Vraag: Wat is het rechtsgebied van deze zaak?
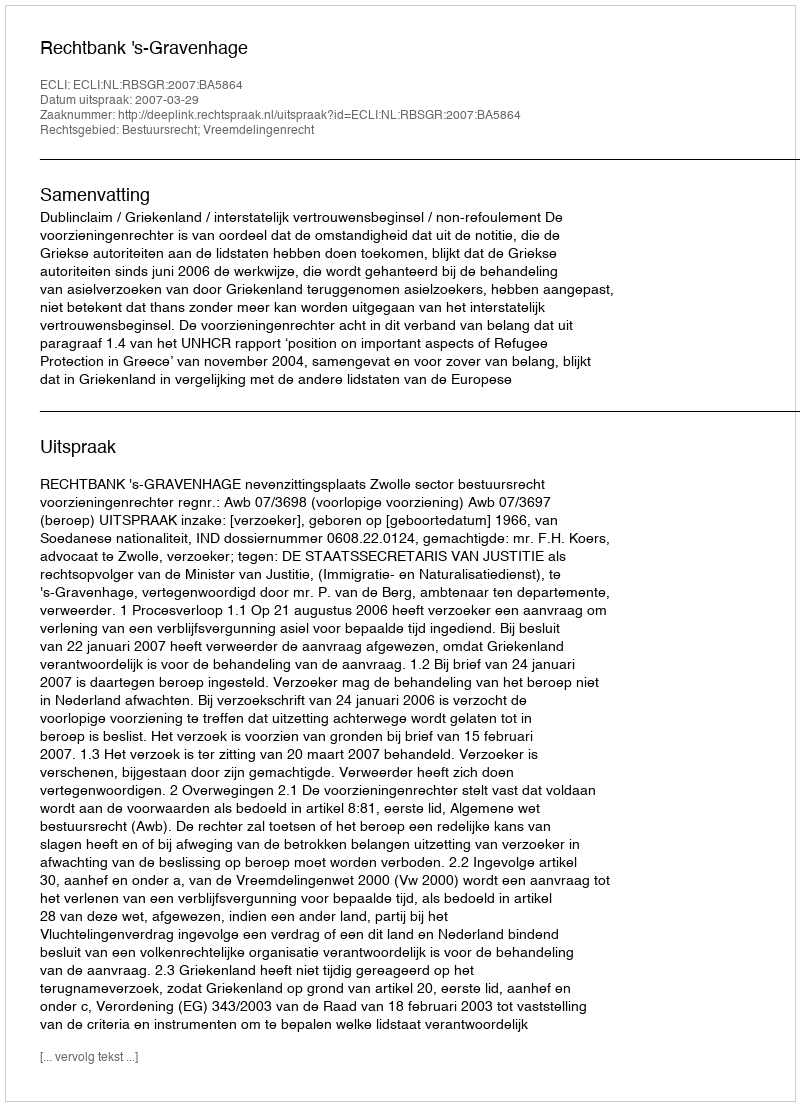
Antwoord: Bestuursrecht; Vreemdelingenrecht